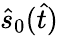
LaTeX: \hat{s}_{0}(\hat{t})